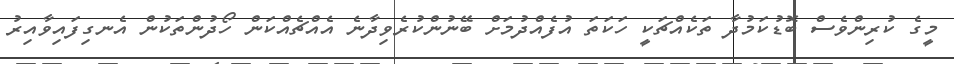
މީގެ ކުރިންވެސް ބޮޑުކަމުދާ ތަކެއްޗަކީ ހަކަތަ އުފެއްދުމަށް ބޭނުންކުރެވިދާނެ އެއްޗެއްކަން ހޯދުންތަކުން އެނގިފައިވާއިރު